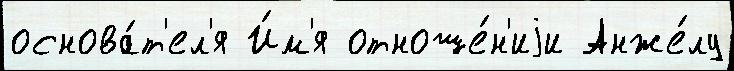
основа́т'ел'я И́м'я отноше́н'иjи Анже́лу